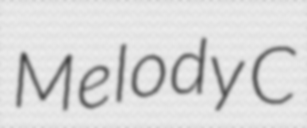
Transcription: Melody C